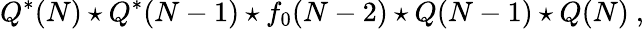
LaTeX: Q^{*}(N)\star Q^{*}(N-1)\star f_{0}(N-2)\star Q(N-1)\star Q(N)~,